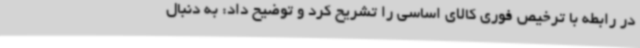
در رابطه با ترخیص فوری کالای اساسی را تشریح کرد و توضیح داد: به دنبال